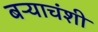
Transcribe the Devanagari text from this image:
बऱ्याचंशी